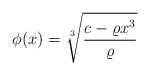
\begin{align*}\phi(x)=\sqrt[3]{\displaystyle\frac{c-\varrho x^3}{\varrho}}\end{align*}